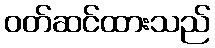
ဝတ်ဆင်ထားသည်